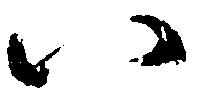
八